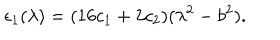
LaTeX: \epsilon _ { 1 } ( \lambda ) = ( 1 6 c _ { 1 } + 2 c _ { 2 } ) ( \lambda ^ { 2 } - b ^ { 2 } ) .